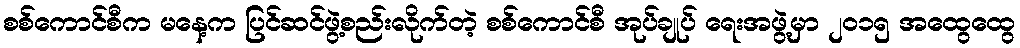
စစ်ကောင်စီက မနေ့က ပြင်ဆင်ဖွဲ့စည်းလိုက်တဲ့ စစ်ကောင်စီ အုပ်ချုပ် ရေးအဖွဲ့မှာ ၂၀၁၅ အထွေထွေ